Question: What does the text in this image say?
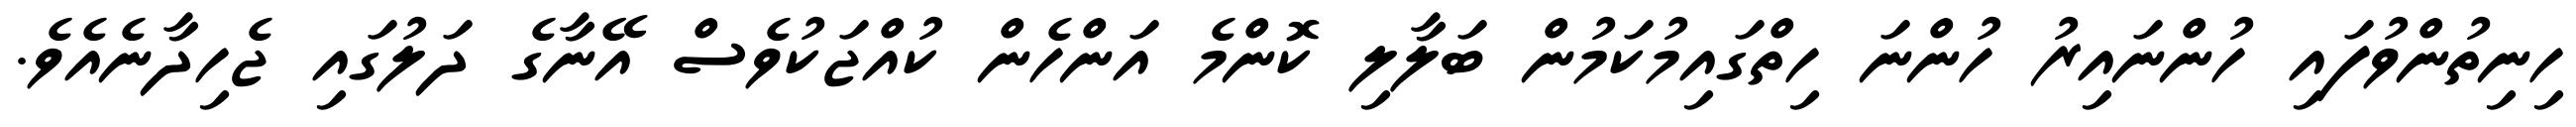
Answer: ހިނިތުންވުފައި ހުންނައިރު ހުންނަ ހިތްގައިމުކަމުން ބަލާލި ކޮންމެ އަންހެން ކުއްޖަކުވެސް އޭނާގެ ދަލުގައި ޖެހިދާނެއެވެ.